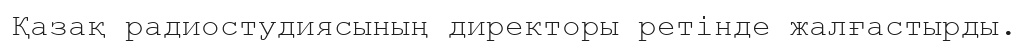
Қазақ радиостудиясының директоры ретінде жалғастырды.